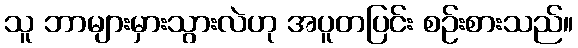
သူ ဘာများမှားသွားလဲဟု အပူတပြင်း စဉ်းစားသည်။